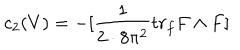
LaTeX: c _ { 2 } ( V ) = - [ \frac { 1 } { 2 \cdot 8 \pi ^ { 2 } } t r _ { f } F \wedge F ]